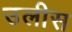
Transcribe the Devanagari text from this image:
उलीस